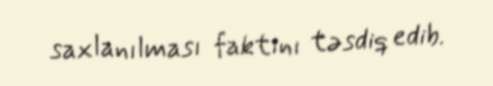
saxlanılması faktını təsdiq edib.